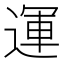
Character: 運